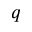
q